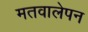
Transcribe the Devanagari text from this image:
मतवालेपन